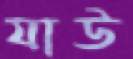
যাউ